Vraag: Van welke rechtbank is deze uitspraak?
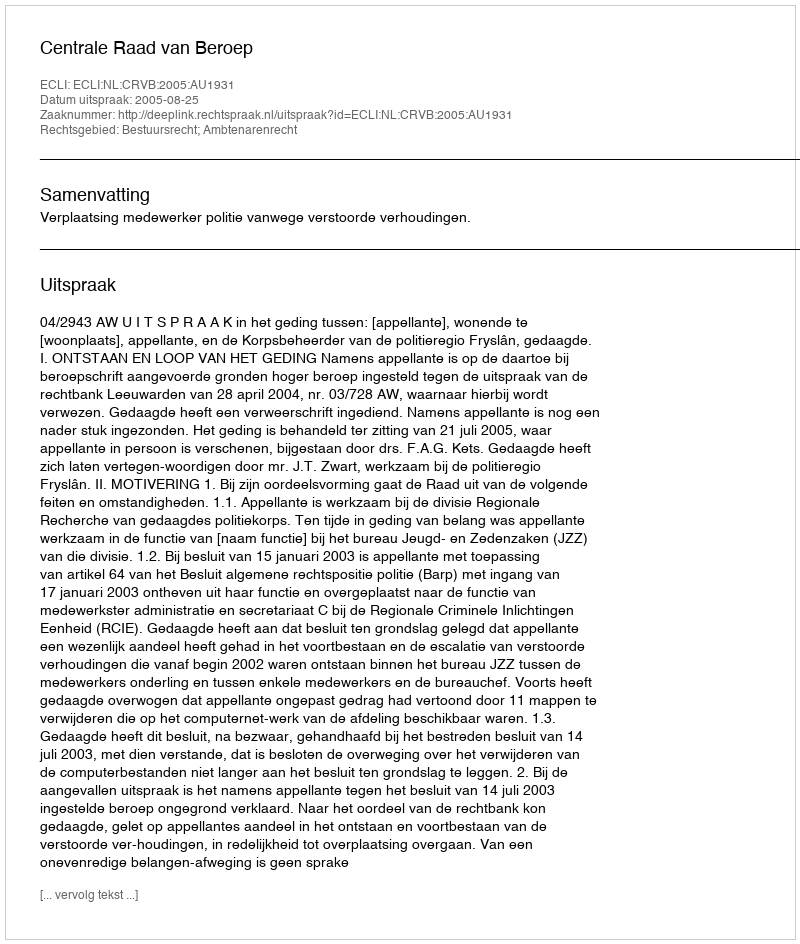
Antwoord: Centrale Raad van Beroep